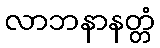
လာဘနာနတ္တံ